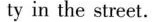
ty in the street.